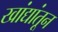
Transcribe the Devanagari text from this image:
खांद्यांतून